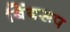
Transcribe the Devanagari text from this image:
बिंबरूप